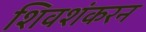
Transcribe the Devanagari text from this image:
शिवशंकरन